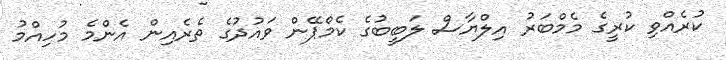
ކުރެއްވި ކުރީގެ މެމްބަރު އިލްޔާސް ލަބީބުގެ ކެމްޕޭން ވައުދުގެ ތެރެއިން އެންމެ މުހިއްމު